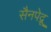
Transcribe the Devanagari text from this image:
सैनपेद्रू